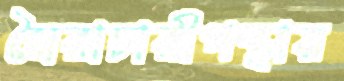
স্বৈরাচারীপন্থায়